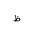
Letter: _za